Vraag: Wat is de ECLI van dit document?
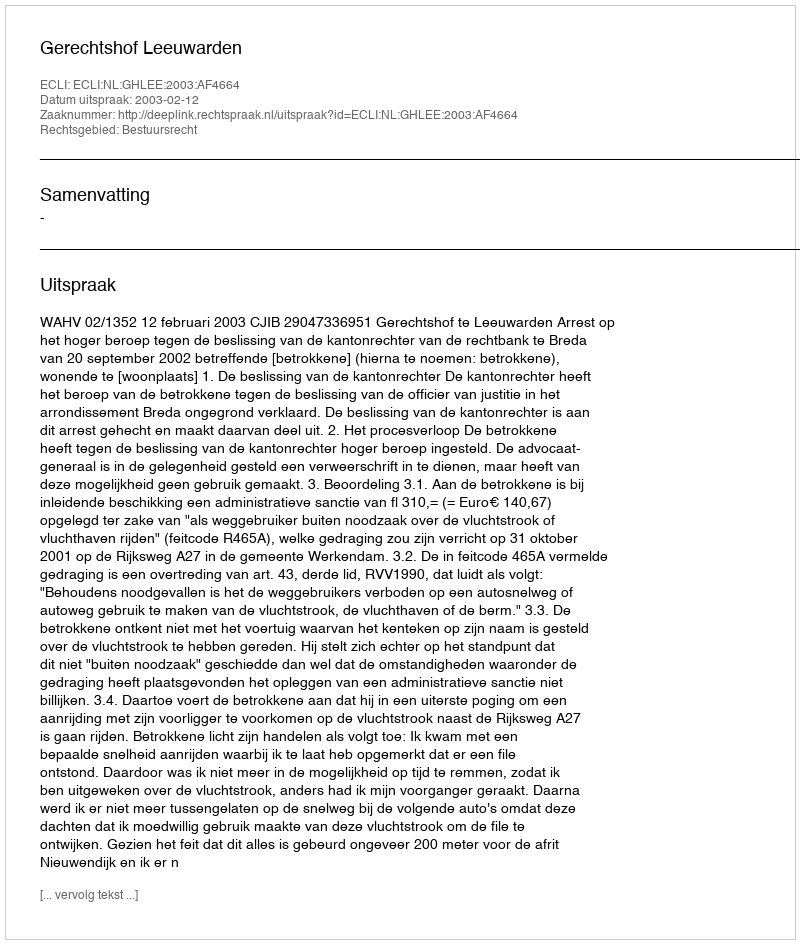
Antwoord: ECLI:NL:GHLEE:2003:AF4664